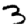
Digit: 3